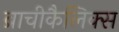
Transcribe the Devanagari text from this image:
ब्राचीकैलिक्स